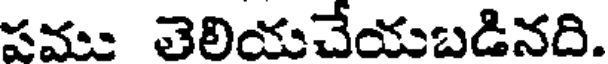
పము తెలియచేయబడినది.